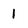
Character: 1